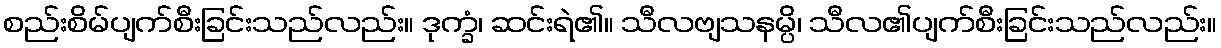
စည်းစိမ်ပျက်စီးခြင်းသည်လည်း။ ဒုက္ခံ၊ ဆင်းရဲ၏။ သီလဗျသနမ္ပိ၊ သီလ၏ပျက်စီးခြင်းသည်လည်း။